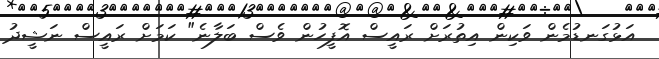
އަޅުގަނޑުމެން ވަކިން އިތުރަށް ރައީސް އޮފީހުން ވެސް ބަލާނެ" ކަމަށް ރައީސް ނަޝީދު